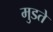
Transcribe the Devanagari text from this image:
मुडते